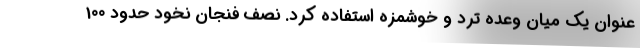
عنوان یک میان وعده ترد و خوشمزه استفاده کرد. نصف فنجان نخود حدود 100